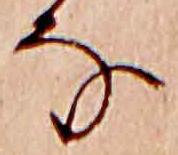
な